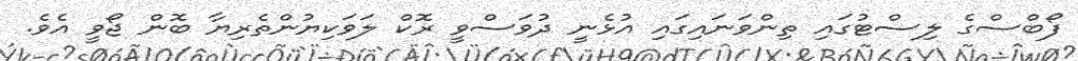
ފޯބްސްގެ ލިސްޓުގައި ތިންވަނައިގައި އުޅެނީ ދުވަސްވީ ރޮކް ލަވަކިޔުންތެރިޔާ ބޮން ޖޯވީ އެވެ.